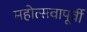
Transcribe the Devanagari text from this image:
महोत्सवापूर्वी